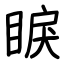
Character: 睙